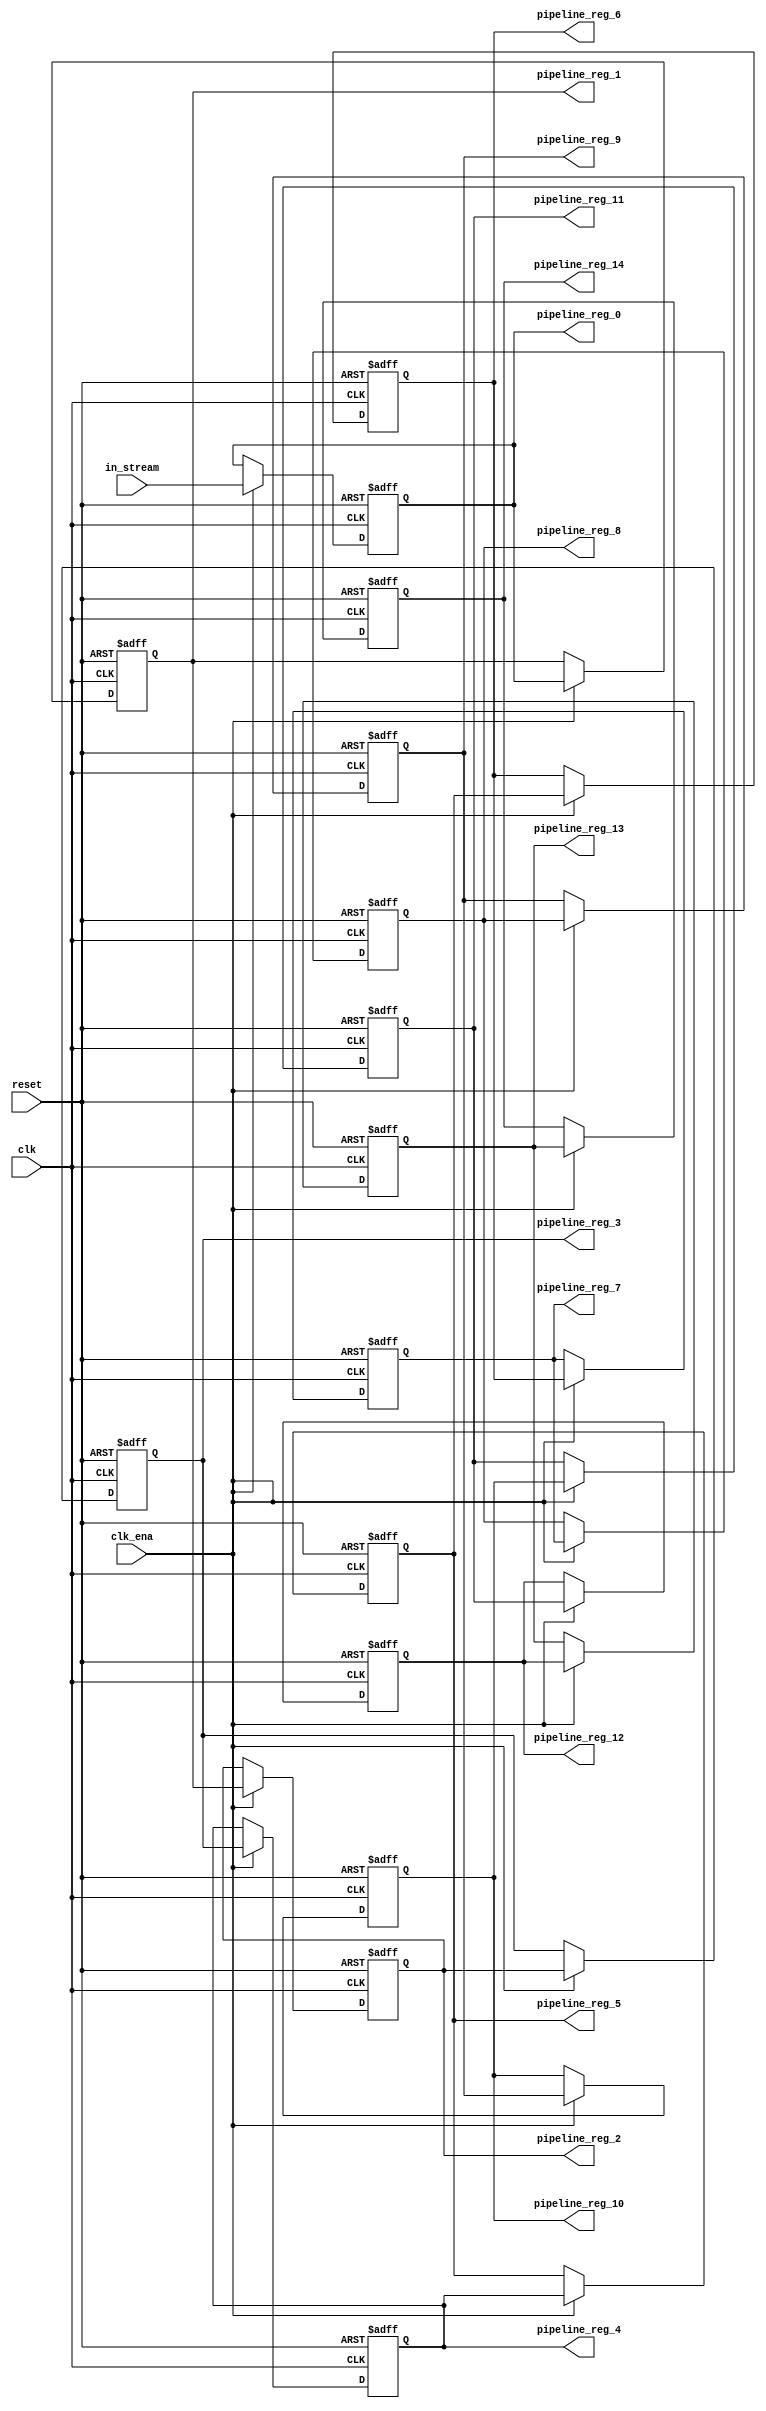
module input_pipeline_5 (
	clk,
	clk_ena,
	in_stream,
	pipeline_reg_0,
	pipeline_reg_1,
	pipeline_reg_2,
	pipeline_reg_3,
	pipeline_reg_4,
	pipeline_reg_5,
	pipeline_reg_6,
	pipeline_reg_7,
	pipeline_reg_8,
	pipeline_reg_9,
	pipeline_reg_10,
	pipeline_reg_11,
	pipeline_reg_12,
	pipeline_reg_13,
	pipeline_reg_14,
	reset);
	parameter WIDTH = 1;
	input clk;
	input clk_ena;
	input [WIDTH-1:0] in_stream;
	output [WIDTH-1:0] pipeline_reg_0;
	output [WIDTH-1:0] pipeline_reg_1;
	output [WIDTH-1:0] pipeline_reg_2;
	output [WIDTH-1:0] pipeline_reg_3;
	output [WIDTH-1:0] pipeline_reg_4;
	output [WIDTH-1:0] pipeline_reg_5;
	output [WIDTH-1:0] pipeline_reg_6;
	output [WIDTH-1:0] pipeline_reg_7;
	output [WIDTH-1:0] pipeline_reg_8;
	output [WIDTH-1:0] pipeline_reg_9;
	output [WIDTH-1:0] pipeline_reg_10;
	output [WIDTH-1:0] pipeline_reg_11;
	output [WIDTH-1:0] pipeline_reg_12;
	output [WIDTH-1:0] pipeline_reg_13;
	output [WIDTH-1:0] pipeline_reg_14;
	reg [WIDTH-1:0] pipeline_reg_0;
	reg [WIDTH-1:0] pipeline_reg_1;
	reg [WIDTH-1:0] pipeline_reg_2;
	reg [WIDTH-1:0] pipeline_reg_3;
	reg [WIDTH-1:0] pipeline_reg_4;
	reg [WIDTH-1:0] pipeline_reg_5;
	reg [WIDTH-1:0] pipeline_reg_6;
	reg [WIDTH-1:0] pipeline_reg_7;
	reg [WIDTH-1:0] pipeline_reg_8;
	reg [WIDTH-1:0] pipeline_reg_9;
	reg [WIDTH-1:0] pipeline_reg_10;
	reg [WIDTH-1:0] pipeline_reg_11;
	reg [WIDTH-1:0] pipeline_reg_12;
	reg [WIDTH-1:0] pipeline_reg_13;
	reg [WIDTH-1:0] pipeline_reg_14;
	input reset;
	always@(posedge clk or posedge reset) begin
		if(reset) begin
			pipeline_reg_0 <= 0;
			pipeline_reg_1 <= 0;
			pipeline_reg_2 <= 0;
			pipeline_reg_3 <= 0;
			pipeline_reg_4 <= 0;
			pipeline_reg_5 <= 0;
			pipeline_reg_6 <= 0;
			pipeline_reg_7 <= 0;
			pipeline_reg_8 <= 0;
			pipeline_reg_9 <= 0;
			pipeline_reg_10 <= 0;
			pipeline_reg_11 <= 0;
			pipeline_reg_12 <= 0;
			pipeline_reg_13 <= 0;
			pipeline_reg_14 <= 0;
		end else begin
			if(clk_ena) begin
				pipeline_reg_0 <= in_stream;
				pipeline_reg_1 <= pipeline_reg_0;
				pipeline_reg_2 <= pipeline_reg_1;
				pipeline_reg_3 <= pipeline_reg_2;
				pipeline_reg_4 <= pipeline_reg_3;
				pipeline_reg_5 <= pipeline_reg_4;
				pipeline_reg_6 <= pipeline_reg_5;
				pipeline_reg_7 <= pipeline_reg_6;
				pipeline_reg_8 <= pipeline_reg_7;
				pipeline_reg_9 <= pipeline_reg_8;
				pipeline_reg_10 <= pipeline_reg_9;
				pipeline_reg_11 <= pipeline_reg_10;
				pipeline_reg_12 <= pipeline_reg_11;
				pipeline_reg_13 <= pipeline_reg_12;
				pipeline_reg_14 <= pipeline_reg_13;
			end 
		end
	end
endmodule